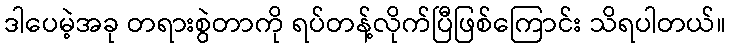
ဒါပေမဲ့အခု တရားစွဲတာကို ရပ်တန့်လိုက်ပြီဖြစ်ကြောင်း သိရပါတယ်။